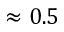
\approx 0 . 5